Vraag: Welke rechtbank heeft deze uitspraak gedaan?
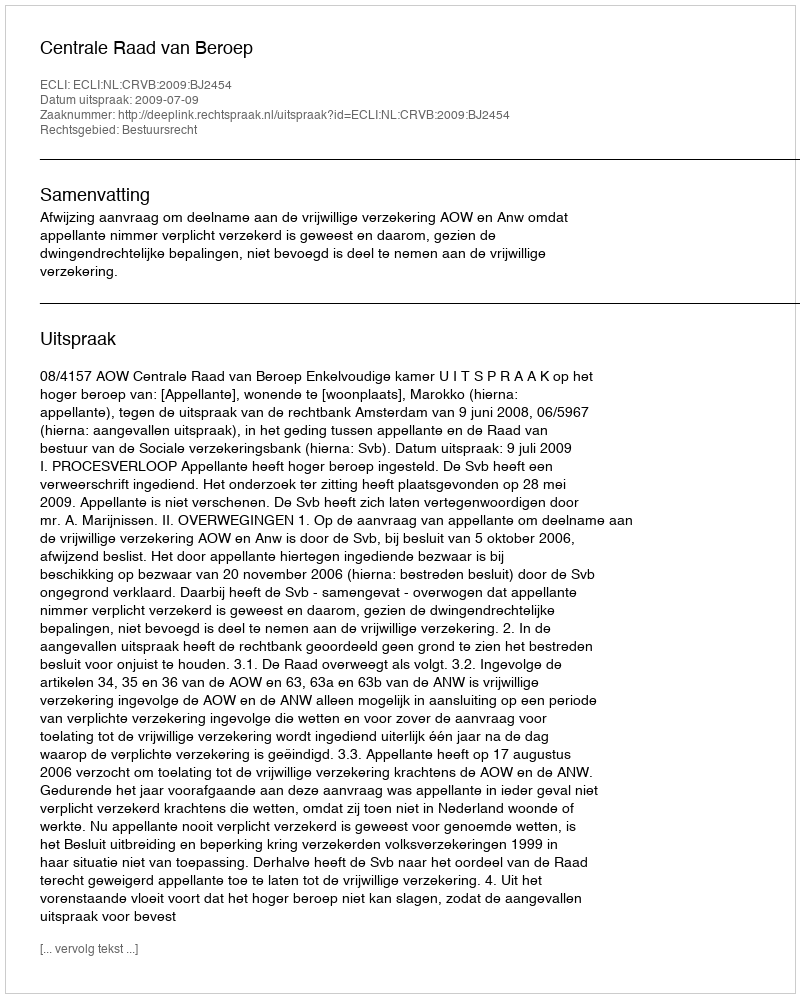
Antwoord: Centrale Raad van Beroep